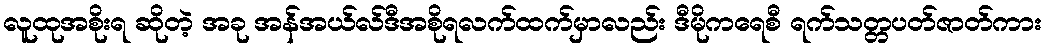
လူထုအစိုးရ ဆိုတဲ့ အခု အန်အယ်လ်ဒီအစိုရလက်ထက်မှာလည်း ဒီမိုကရေစီ ရက်သတ္တပတ်ဇာတ်ကား